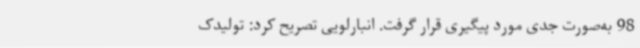
98 به‌صورت جدی مورد پیگیری قرار گرفت. انبارلویی تصریح کرد: تولیدک